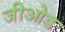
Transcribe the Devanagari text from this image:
जीओड